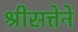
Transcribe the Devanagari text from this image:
श्रीसत्तेने